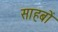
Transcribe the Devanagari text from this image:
साहबों